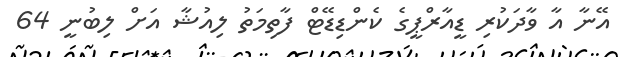
އޭނާ އާ ވާދަކުރި ޑީއާރްޕީގެ ކެންޑިޑޭޓް ފާތިމަތު ލިއުޝާ އަށް ލިބުނީ 64